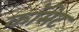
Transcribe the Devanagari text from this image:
काॅमेट